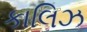
કાલિઝ